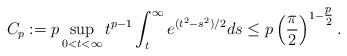
LaTeX: \begin{align*}C_p:=p\sup_{0<t<\infty} t^{p-1}\int_{t}^\infty e^{(t^2-s^2)/2}ds\le p \left(\frac{\pi}{2}\right)^{1-\tfrac{p}{2}}.\end{align*}